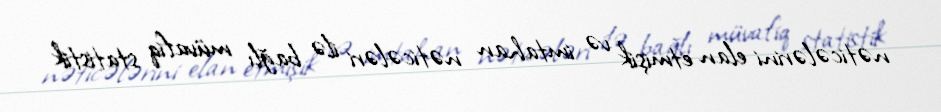
nəticələrini elan etmişik və imtahan nəticələri ilə bağlı müvafiq statistik